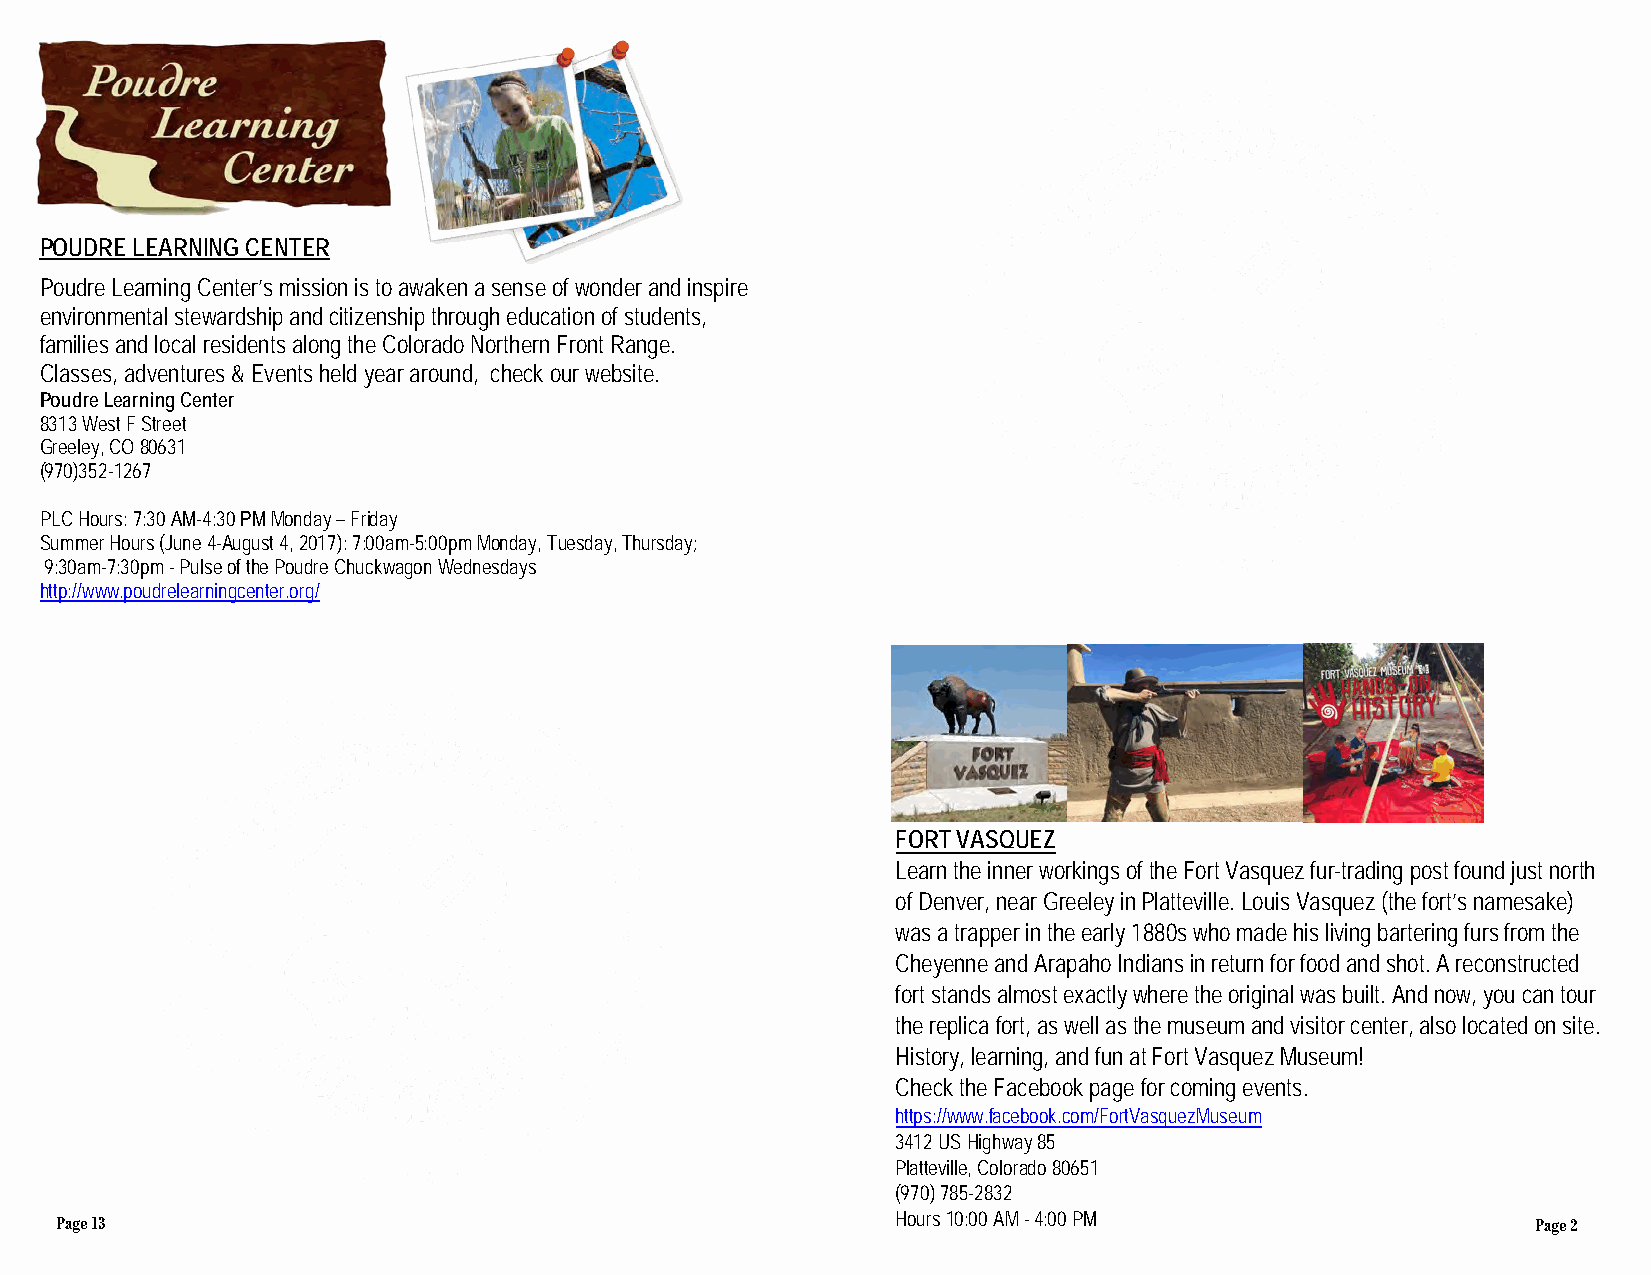
POUDRE LEARNING CENTER
 Poudre Learning Center’s mission is to awaken a sense of wonder and inspire
 environmental stewardship and citizenship through education of students,
 families and local residents along the Colorado Northern Front Range.
 Classes, adventures & Events held year around, check our website.
 Poudre Learning Center
 8313 West F Street
 Greeley, CO 80631
 (970)352-1267
 PLC Hours: 7:30 AM-4:30 PM Monday – Friday
 Summer Hours (June 4-August 4, 2017): 7:00am-5:00pm Monday, Tuesday, Thursday;
 9:30am-7:30pm - Pulse of the Poudre Chuckwagon Wednesdays
 http://www.poudrelearningcenter.org/
 FORT VASQUEZ
 Learn the inner workings of the Fort Vasquez fur-trading post found just north
 of Denver, near Greeley in Platteville. Louis Vasquez (the fort’s namesake)
 was a trapper in the early 1880s who made his living bartering furs from the
 Cheyenne and Arapaho Indians in return for food and shot. A reconstructed
 fort stands almost exactly where the original was built. And now, you can tour
 the replica fort, as well as the museum and visitor center, also located on site.
 History, learning, and fun at Fort Vasquez Museum!
 Check the Facebook page for coming events.
 https://www.facebook.com/FortVasquezMuseum
 3412 US Highway 85
 Platteville, Colorado 80651
 (970)785-2832
 Page 13                                                Hours 10:00 AM - 4:00 PM                   Page 2